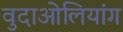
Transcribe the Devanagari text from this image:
वुदाओलियांग